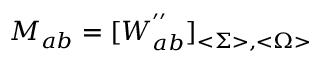
M _ { a b } = [ W _ { a b } ^ { ^ { \prime \prime } } ] _ { < \Sigma > , < \Omega > }